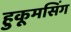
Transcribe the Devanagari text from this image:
हुकूमसिंग